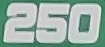
250